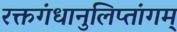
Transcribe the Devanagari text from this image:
रक्तगंधानुलिप्तांगम्